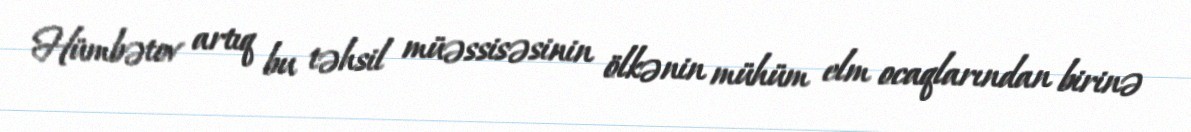
Hümbətov artıq bu təhsil müəssisəsinin ölkənin mühüm elm ocaqlarından birinə